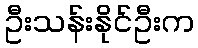
ဦးသန်းနိုင်ဦးက